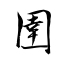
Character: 圉